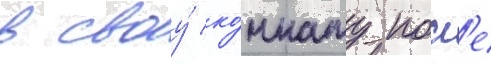
в своу́ ко́мнату посл'е